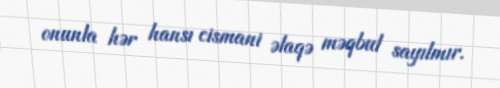
onunla hər hansı cismani əlaqə məqbul sayılmır.